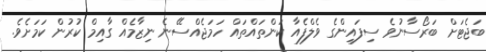
ބަޖެޓަށް ބަރޯސާނުވެ ސިފައިންގެ ވެލްފެއާ ކަންތައްތައް ހަމަޖެއްސޭނެ ނިޒާމެއް ގާއިމް ކުރުން ކަމަށެވެ.